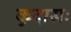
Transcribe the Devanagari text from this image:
कुदासः